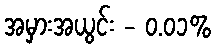
အမှားအယွင်း - ၀.၀၁%